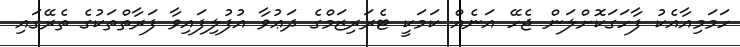
ހަމަމިއާއެކު ފާހަގަކޮށްލަން ޖެހޭ އަނެއް ކަމަކީ ޓެރަރިޒަމްގެ ދަޢުވާ އުފުލިފައިވާ ފަރާތްތަކުގެ ތެރޭގައި